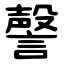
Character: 謦